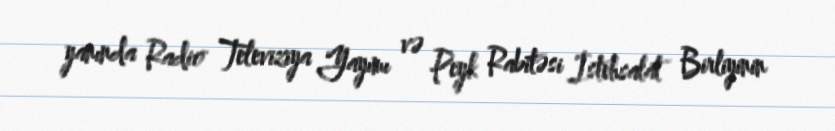
yanında Radio Televiziya Yayımı və Peyk Rabitəsi İstehsalat Birliyinin